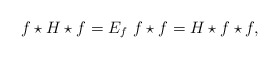
\begin{align*}f\star H\star f= E_f ~ f\star f= H\star f\star f ,\end{align*}